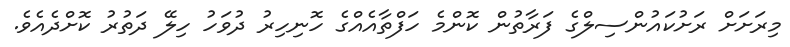
މިރަށަށް ރަށުކައުންސިލްގެ ފަރާތުން ކޮންމެ ހަފްތާއެއްގެ ހޮނިހިރު ދުވަހު ހިލޭ ދަތުރު ކޮށްދެއެވެ.